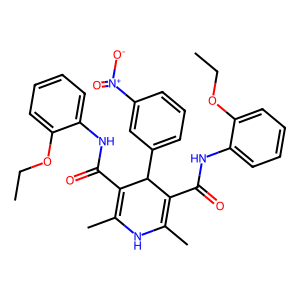
SMILES: CCOc1ccccc1NC(=O)C1=C(C)NC(C)=C(C(=O)Nc2ccccc2OCC)C1c1cccc([N+](=O)[O-])c1
Inhibits HIV replication: No